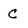
Character: C